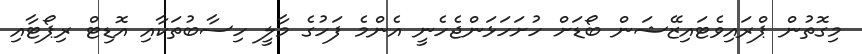
މިގޮތުން ޕްރައިވެޓައިޒޭޝަން ބޯޑަށް ހުށަހަޅަންޖެހެނީ އެންމެ ފަހުގެ މާލީ ހިސާބުތަކާއި އޮޑިޓް ރިޕޯޓާއި